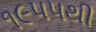
૧૯૫૫થી